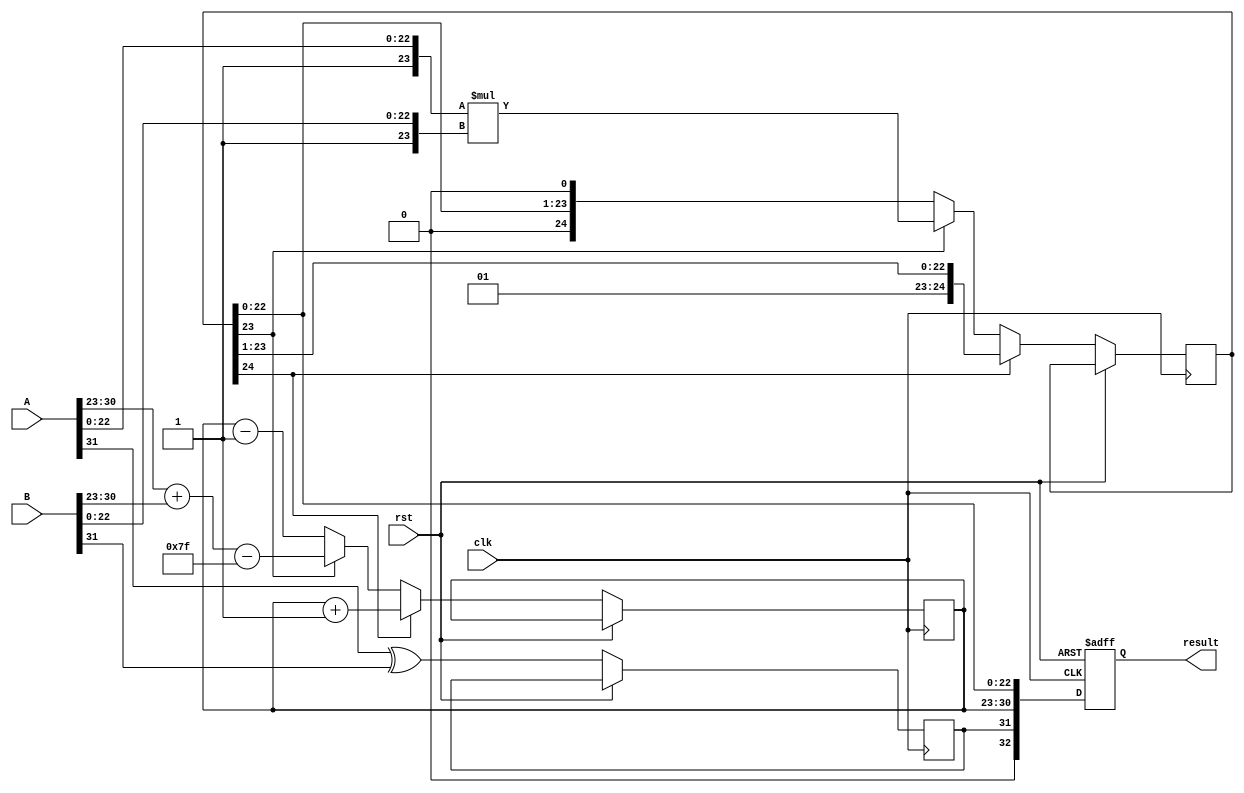
module radix4_floating_point_multiplier #(
    parameter E = 8, // Number of exponent bits
    parameter M = 23 // Number of mantissa bits
)(
    input wire clk,
    input wire rst,
    input wire [E + M + 1:0] A, // A: [sign, exponent (E bits), mantissa (M bits)]
    input wire [E + M + 1:0] B, // B: [sign, exponent (E bits), mantissa (M bits)]
    output reg [E + M + 1:0] result // result: [sign, exponent (E bits), mantissa (M bits)]
);

// Internal signals
wire sign_A = A[E + M]; // Extract sign bit of A
wire sign_B = B[E + M]; // Extract sign bit of B
wire [E-1:0] exponent_A = A[E + M - 1:E + M - E]; // Extract exponent of A
wire [E-1:0] exponent_B = B[E + M - 1:E + M - E]; // Extract exponent of B
wire [M:0] mantissa_A = {1'b1, A[M - 1:0]}; // Normalize mantissa of A (implicit leading 1)
wire [M:0] mantissa_B = {1'b1, B[M - 1:0]}; // Normalize mantissa of B (implicit leading 1)

// Output signals
reg [E-1:0] result_exponent;
reg [M + 1:0] result_mantissa;
reg result_sign;

// Bias calculation
localparam BIAS = (1 << (E - 1)) - 1;

// Radix-4 multiplication
always @(posedge clk or posedge rst) begin
    if (rst) begin
        result <= 0;
    end else begin
        // Sign calculation
        result_sign <= sign_A ^ sign_B;

        // Exponent calculation
        result_exponent <= exponent_A + exponent_B - BIAS;

        // Mantissa multiplication using Radix-4
        // Partial products based on radix-4 encoding
        // Mantissa multiplication (simple multiplication for demonstration)
        result_mantissa <= mantissa_A * mantissa_B;

        // Normalization of result mantissa
        if (result_mantissa[M + 1]) begin
            // Overflow case, shift right
            result_mantissa <= result_mantissa >> 1;
            result_exponent <= result_exponent + 1;
        end else if (!result_mantissa[M]) begin
            // Underflow case, shift left
            result_mantissa <= result_mantissa << 1;
            result_exponent <= result_exponent - 1;
        end

        // Rounding (simplified, proper rounding should be implemented)
        // Placeholder for rounding logic
        // result_mantissa = ... (implement rounding logic here)

        // Combine result
        result <= {result_sign, result_exponent, result_mantissa[M-1:0]};
    end
end

endmodule